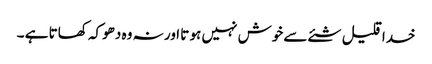
خدا قلیل شئے سے خوش نہیں ہو تا اور نہ وہ دھوکہ کھاتا ہے ۔